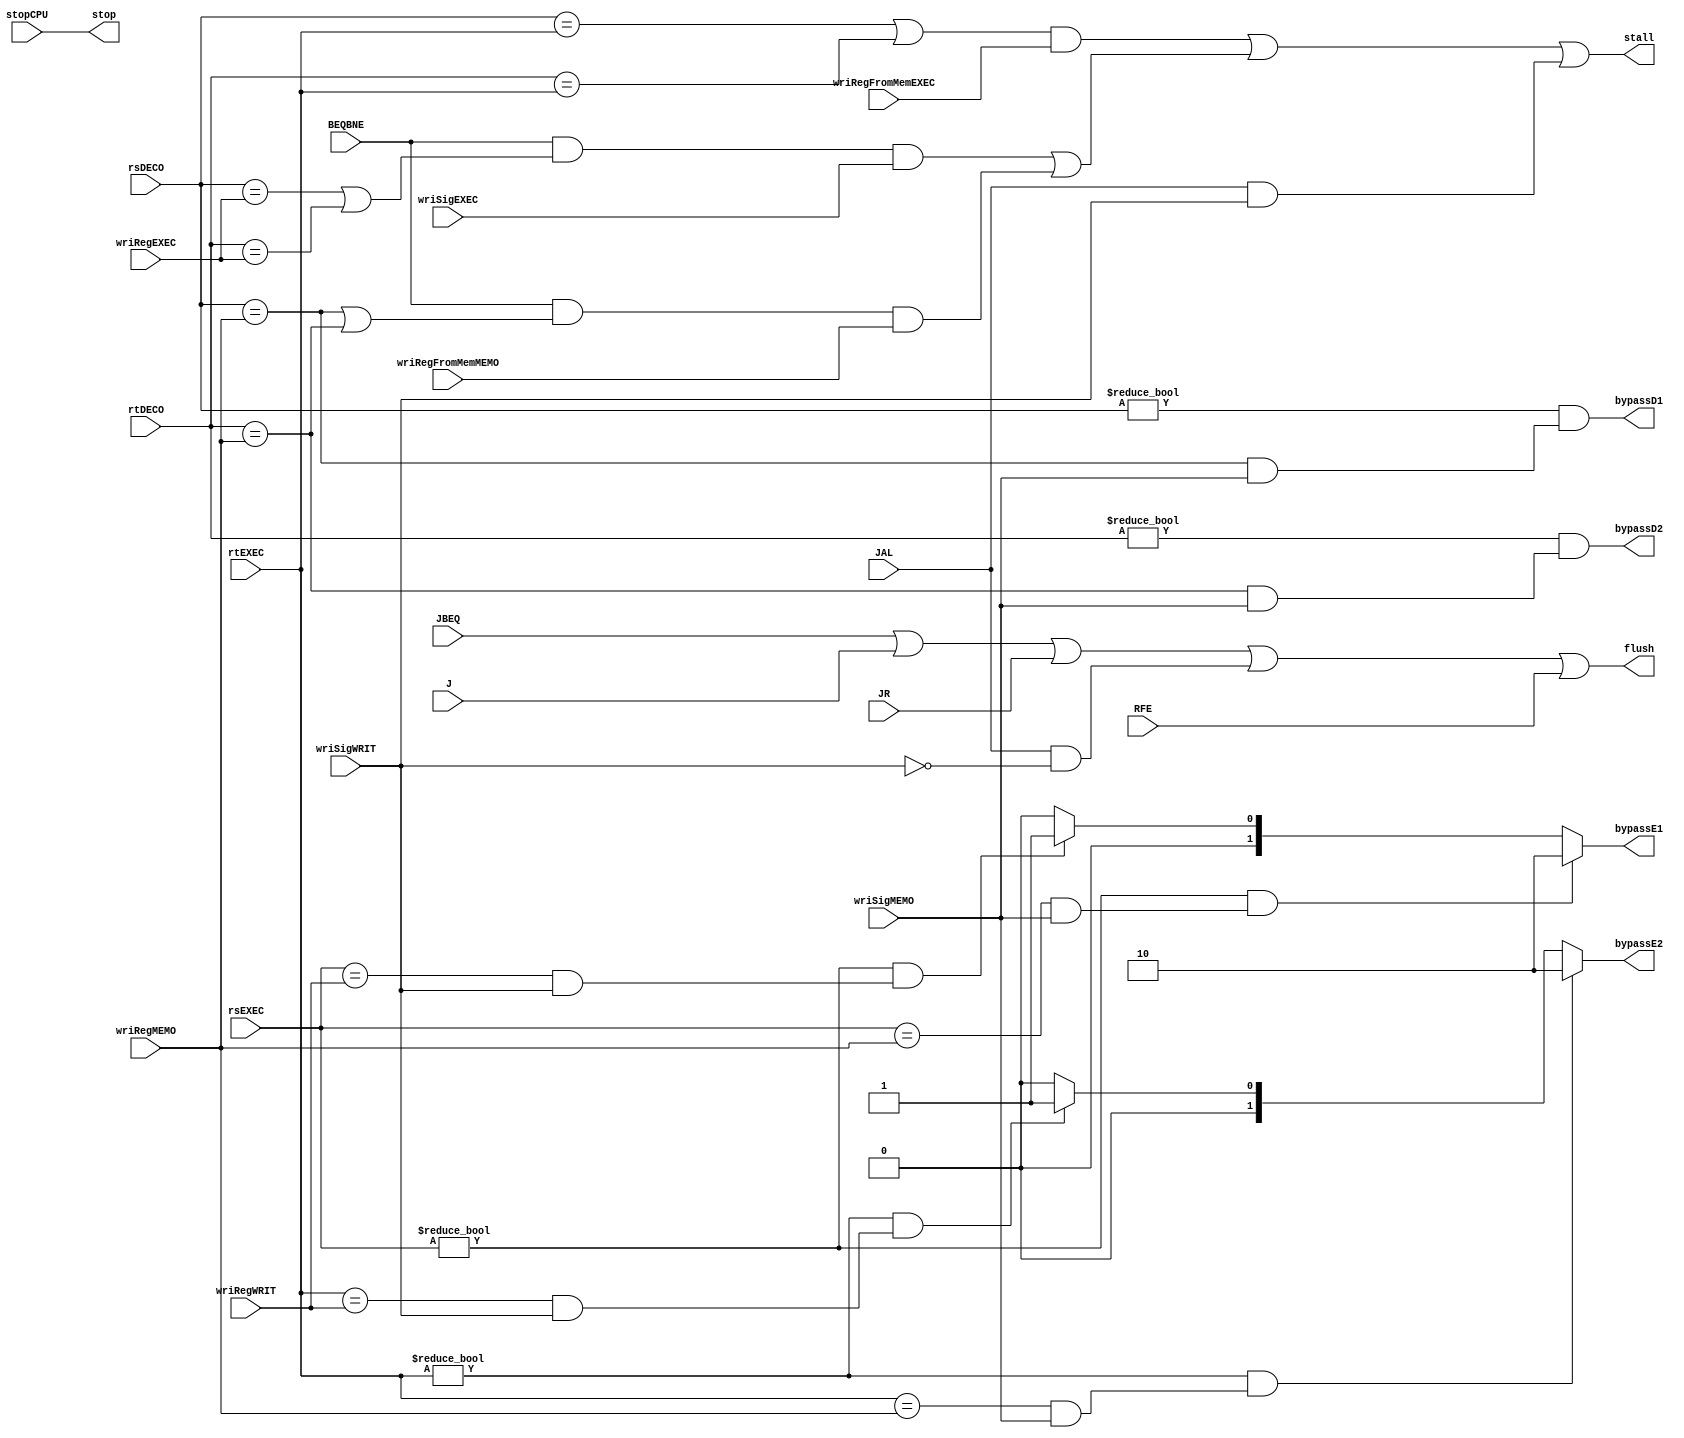
/*
    
:
1.   MEMORY/WRITEBACK  EXECUTE
2.  
3.  FETCH->DECODE  ( BEQ/BNE )
*/
module hazard_mngr(
    /*  Bypass' */
    input [4:0] rsDECO, rtDECO,
    input [4:0] rsEXEC, rtEXEC,
    input [4:0] wriRegEXEC, wriRegMEMO, wriRegWRIT,
    input wriSigEXEC, wriSigMEMO, wriSigWRIT,
    input stopCPU,
    output bypassD1, bypassD2,
    output reg [1:0] bypassE1, bypassE2,
    /*   */
    input JBEQ, BEQBNE,
    output flush,
    /*    */
    input J, JR, JAL, RFE,
    input wriRegFromMemEXEC, wriRegFromMemMEMO,
    output stall, stop
);

/* Bypass  */

//  EXECUTE 
// :  bypass- $0 ,           (!)
//    E     M  W    ->    E
always @(*) begin
    if (rsEXEC != 5'd0 && (rsEXEC == wriRegMEMO && wriSigMEMO)) bypassE1 = 2'b10;
    else if (rsEXEC != 5'd0 && (rsEXEC == wriRegWRIT && wriSigWRIT)) bypassE1 = 2'b01;
    else bypassE1 = 2'b00;

    if (rtEXEC != 5'd0 && (rtEXEC == wriRegMEMO && wriSigMEMO)) bypassE2 = 2'b10;
    else if (rtEXEC != 5'd0 && (rtEXEC == wriRegWRIT && wriSigWRIT)) bypassE2 = 2'b01;
    else bypassE2 = 2'b00;
end
//  DECODE 
assign bypassD1 = (rsDECO != 5'd0 && (rsDECO == wriRegMEMO && wriSigMEMO));
assign bypassD2 = (rtDECO != 5'd0 && (rtDECO == wriRegMEMO && wriSigMEMO));


/*   */

//          
// ..   (    BEQBNE )
//       (J JAL JR)  ..     
//  JAL          JAL (    )
assign flush = JBEQ || J || JR || (JAL && ~wriSigWRIT) || RFE;


/*    */

//    bypass-  DECODE  EXECUTE ( lw)   
//    BEQ/BNE  ,   E ()  M (lw)  
//     JAL       DECODE     \
//    JAL ,     JAL

// wriRegFromMemEXEC      MEMORY (  ) (lw)
wire stallLW = (rsDECO == rtEXEC || rtDECO == rtEXEC) && wriRegFromMemEXEC;

//  BEQBNE  1.  EXECUTE      2.  MEMORY LW  
wire stallJBEQ_WITH_E = BEQBNE && (rsDECO == wriRegEXEC || rtDECO == wriRegEXEC) && wriSigEXEC;
wire stallJBEQ_WITH_M = BEQBNE && (rsDECO == wriRegMEMO || rtDECO == wriRegMEMO) && wriRegFromMemMEMO;
wire stallJBEQ = stallJBEQ_WITH_E || stallJBEQ_WITH_M;

//      WRITEBACK
wire stallJAL = JAL && wriSigWRIT;


assign stall = stallLW || stallJBEQ || stallJAL;
assign stop = stopCPU;

endmodule